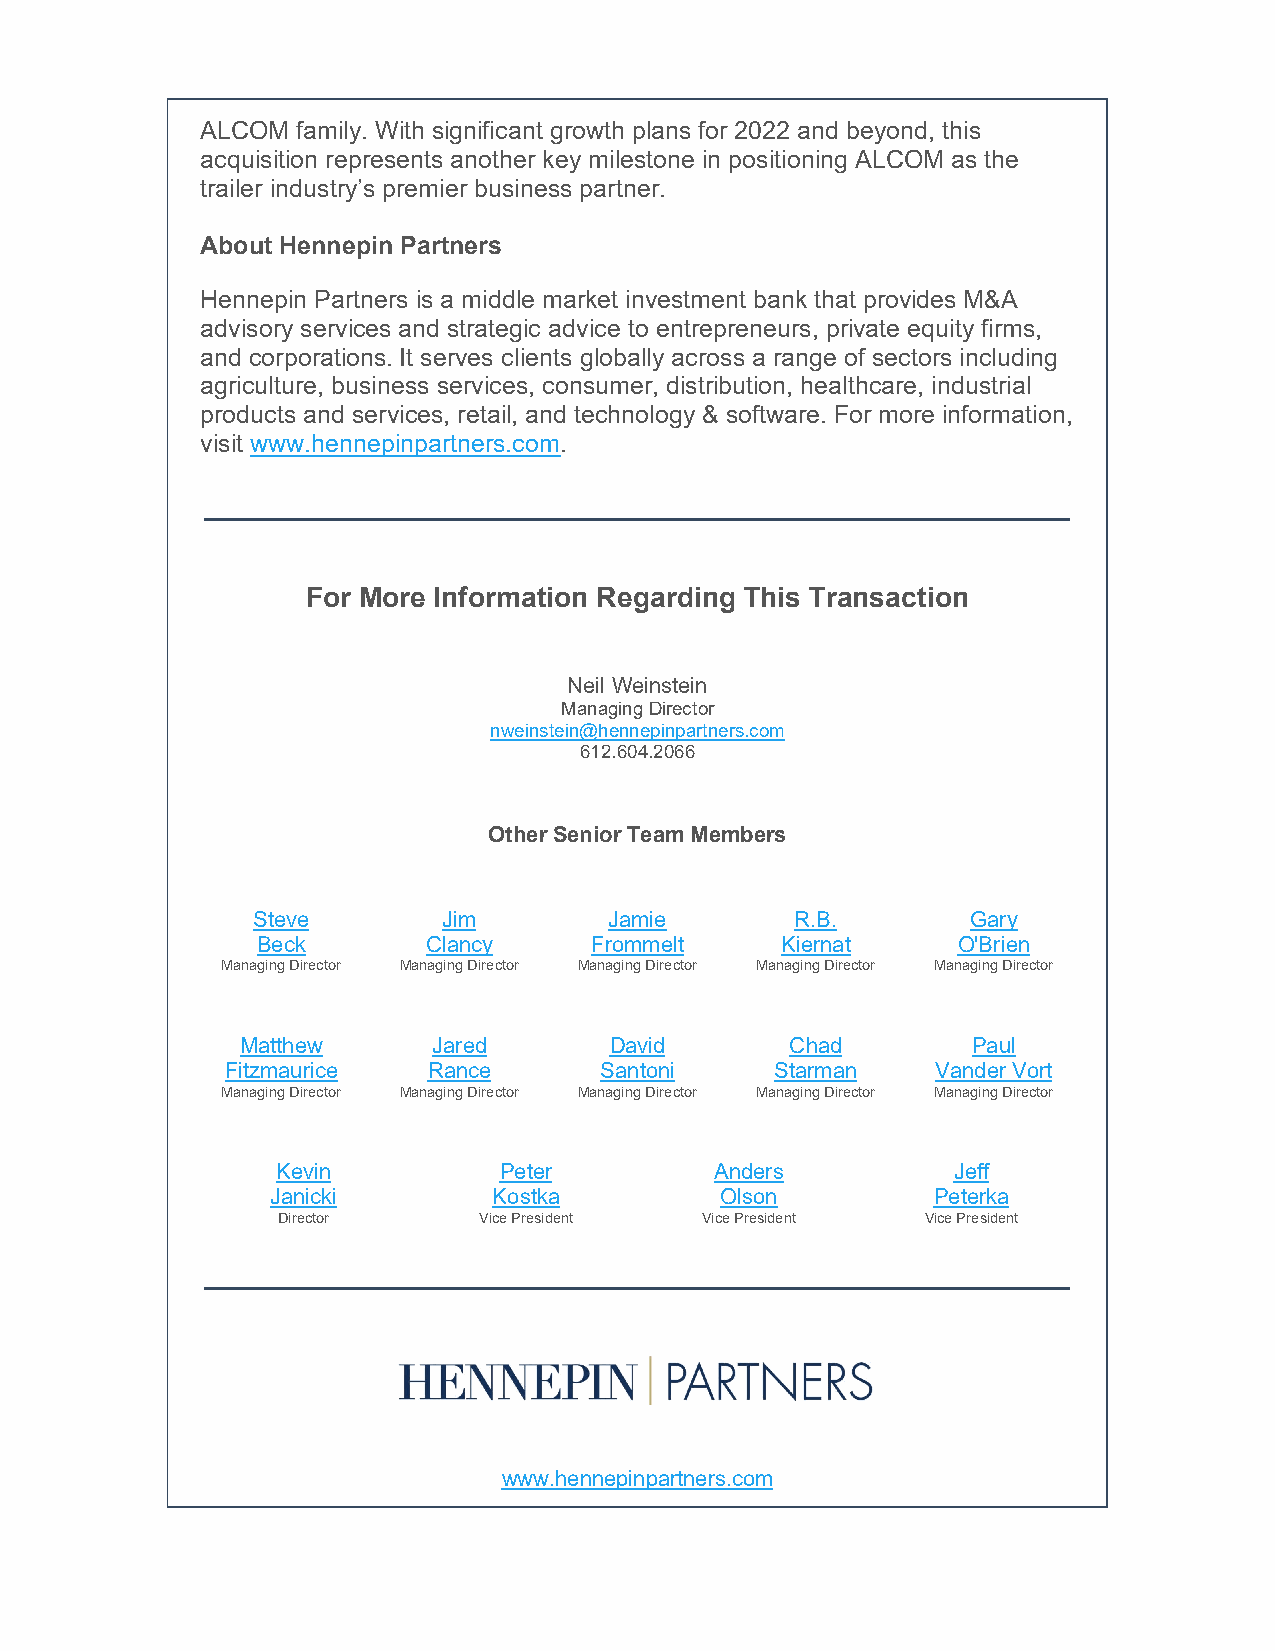
ALCOM  family. With significant growth plans for 2022 and beyond, this
 acquisition represents another key milestone in positioning ALCOM as the
 trailer industry’s premier business partner.
 About Hennepin Partners
 Hennepin Partners is a middle market investment bank that provides M&A
 advisory services and strategic advice to entrepreneurs, private equity firms,
 and corporations. It serves clients globally across a range of sectors including
 agriculture, business services, consumer, distribution, healthcare, industrial
 products and services, retail, and technology & software. For more information,
 visit www.hennepinpartners.com.
 For More Information Regarding This Transaction
 Neil Weinstein
 Managing Director
 nweinstein@hennepinpartners.com
 612.604.2066
 Other Senior Team Members
 Steve       Jim        Jamie        R.B.       Gary
 Beck       Clancy     Frommelt     Kiernat    O'Brien
 Managing Director Managing Director Managing Director Managing Director Managing Director
 Matthew      Jared      David       Chad        Paul
 Fitzmaurice  Rance       Santoni    Starman    Vander Vort
 Managing Director Managing Director Managing Director Managing Director Managing Director
 Kevin          Peter         Anders          Jeff
 Janicki        Kostka         Olson         Peterka
 Director      Vice President Vice President Vice President
 www.hennepinpartners.com